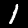
Label: 1